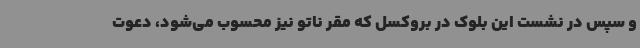
و سپس در نشست این بلوک در بروکسل که مقر ناتو نیز محسوب می‌شود، دعوت